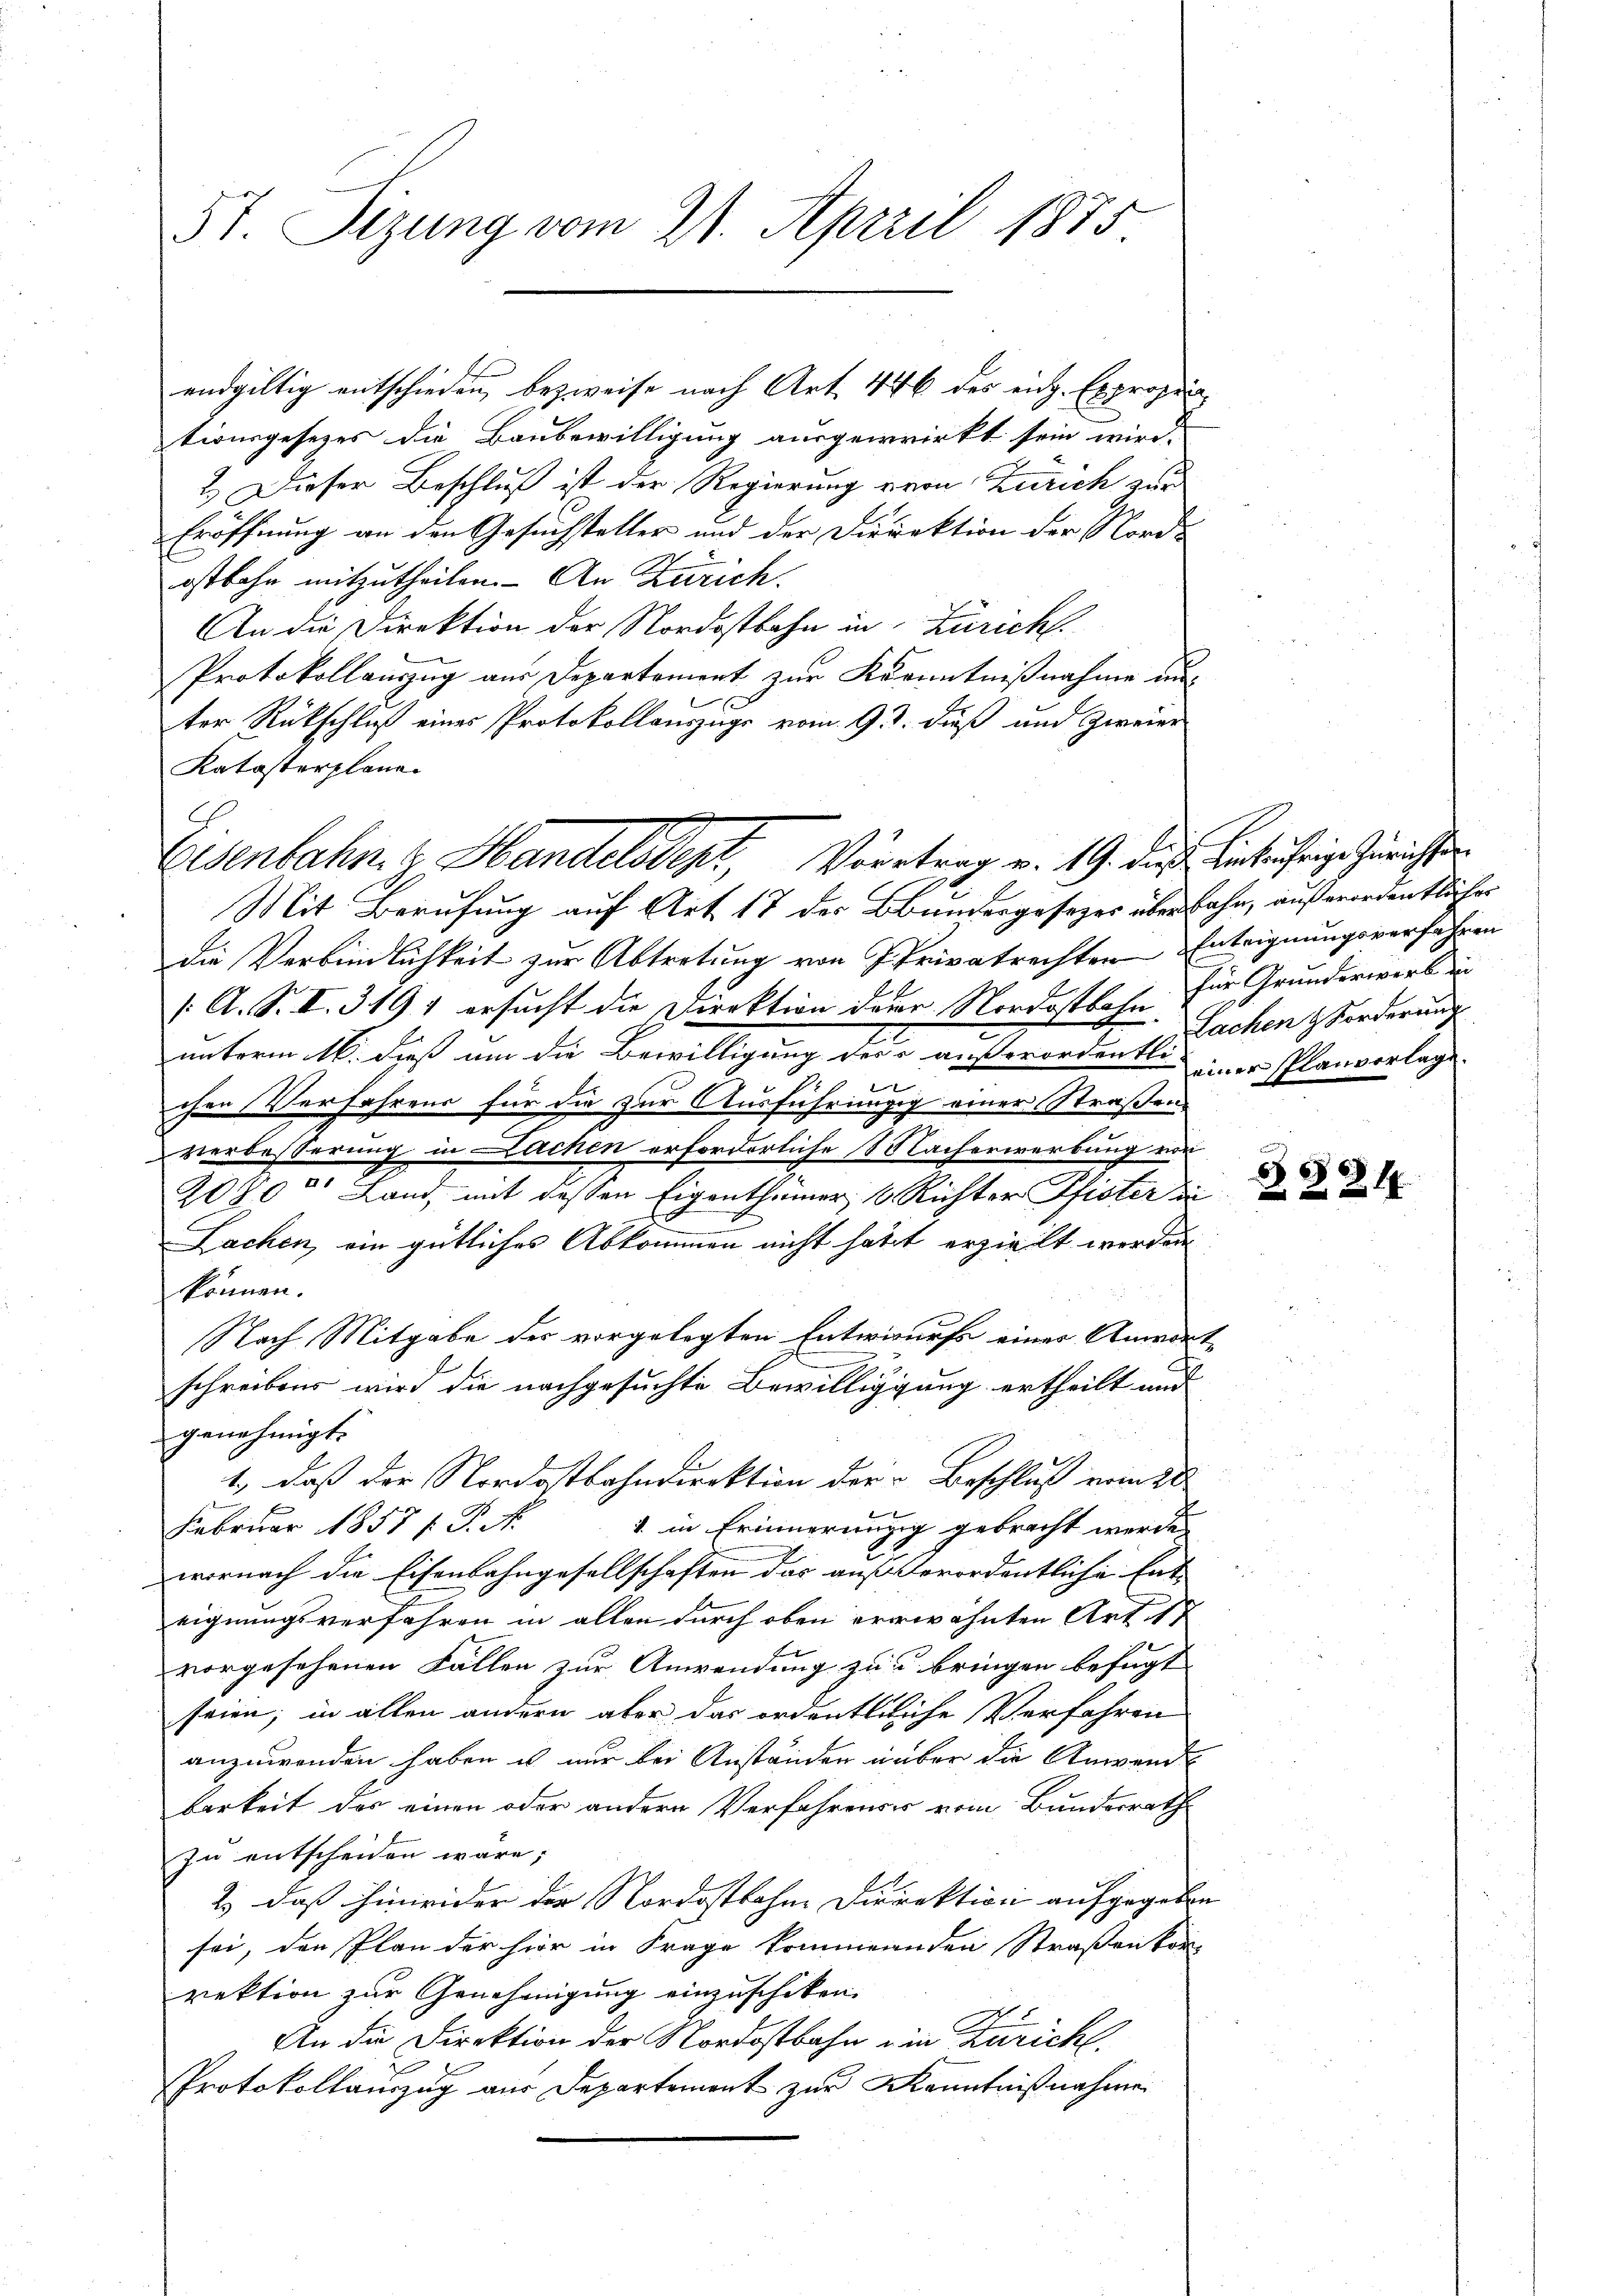
57. Sizung vom 21. April 1875

endgültig entschieden bezweife nach Art. 446 des eidg. Expropen
tionsgesetzes die Baubewilligung ausgewirkt sein wird.
2.) Dieser Beschluß ist der Regierung von Zürich zur
Eröffnung an den Gesuchsteller und der Direktion der Nords
ostbahn mitzutheilen. An Zürich.
An die Direktion der Nordostbahn in Züricht.
Protokollauszug aus Departement zur Kenntnißnahme unter Rückschluß eines Protokollauszugs vom 9. d. dieß und Zweier
Katasterplane.

Mit Berufung auf Art 17 des Bundesgesetzes über fahn, außerordentlicher
die Verbindlichkeit zur Abtretung von Privatrechten Enteignungsverfahren
/. A. S. II. 319 1 ersucht die Direktion derer Nordostbahn für Grunderwerk in
unterm 16. dieß um die Bewilligung der außerordentlich einer Planvorlage.
G
chen Verfahrens für die zur Ausführungg einer Straßens
verbesserung in Lachen erforderliche Macherwerbung von
2080 Land, mit dessen Eigenthümer, 1 Richter Pfister di
Lachen, ein gütliches Abkommen nicht hatt erzielt werden
können.
Nach Mitgabe des vorgelegten Entwurfe eines Anwart
schreiben wird die nachgesuchte Bewilligung ertheilt und
genehmigt.
1., daß der Nordostbahndirektion der Beschluß vom 28
Februar 1857 f. P. M.
1. in Erinnerungig gebracht werde
wornach die Eisenbahngesellschaften das außerordentliche Ent-
eignungsverfahren in allen durch oben erwähnten Art. 17
vorgesehenen Fällen zur Anwendung zu bringen befugt
seien; in allen andern aber das ordentliche Verfahren
anzuwenden haben es nur bei Anständen über die Anwende
barkeit der einen oder andern Verfahrens vom Bundesrath
zu entscheiden wäre;
2.) daß hinweider der Nordostbahne Direktion aufgegeben
sei, den Plan der hier in Frage kommernden Straßen kon-
rektion zur Genehmigung einzuschiken.
An die Direktion der Nordostbahn ein Züricht,
Protokollauszug aus Departement zur Kenntnißnahme

Eisenbahn & Handelsdent, Vortrag v. 19. die Einträchtige Zürichtsen

Sachen Forderung

§ 321.